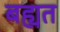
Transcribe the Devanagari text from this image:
बह्यत